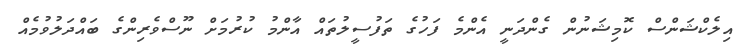
އިލެކްޝަންސް ކޮމިޝަނުން ގެންދަނީ އެންމެ ފަހުގެ ތަފުސީލުތައް އާންމު ކުރުމަށް ނޫސްވެރިންގެ ބައްދަލުވުމެއް